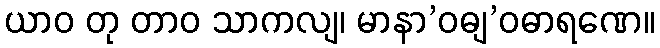
ယာဝ တု တာဝ သာကလျ၊ မာနာ’ဝဓျ’ဝဓာရဏေ။